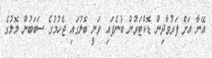
އޭނާ އަށް ފަރުވާދިން ޑޮކްޓަރުން ބުނެފައި ވަނީ ބޮލުގައި ޖެހުމުގެ ސަބަބުން ލޮލުގެ